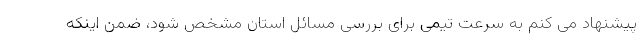
پیشنهاد می کنم به سرعت تیمی برای بررسی مسائل استان مشخص شود، ضمن اینکه